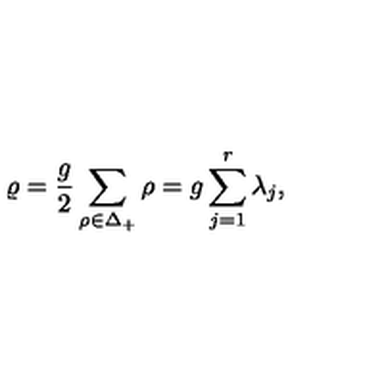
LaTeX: \varrho = { \frac { g } { 2 } } \sum _ { \rho \in { \Delta _ { + } } } \rho = g \sum _ { j = 1 } ^ { r } \lambda _ { j } ,